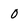
Character: 0